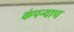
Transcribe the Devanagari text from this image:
कंपन्याच